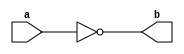

module NotGate(a,b) ;

output b ;
input a ;

nand(b,a,a) ;

endmodule 

module AndGate(a,b,c) ;

output c ;
input a,b ;
wire x ;

nand(x,a,b) ;
nand(c,x,x) ; 

endmodule 

module OrGate(a,b,c) ;

output c ;
input a,b ;
wire x,y ;

nand(x,a,a) ;
nand(y,b,b) ;
nand(c,x,y) ;

endmodule 

module Mux2x1(a,b,s,c) ;

output c ;
input a,b,s ;
wire x,y,z ;

NotGate NG_1(s,z );
AndGate AG_1(a,z,x) ;
AndGate AG_2(b,s,y) ;
OrGate OG_1(x,y,c) ;

endmodule 

module DLatch(d,c,q,q_) ;

output q,q_ ;
input d,c ;
wire c_,s,r,x,y ;

AndGate S(d,d,s) ;
NotGate R(d,r) ;
nand(x,c,s) ;
nand(y,c,r) ;
nand(q,q_,x) ;
nand(q_,q,y) ;

endmodule 

module DFlipFlopRE(d,c,q,q_) ;

output q,q_ ;
input d,c ;
wire c_,Q,Q_ ;

NotGate C_(c,c_) ;

DLatch D1(d,c_,Q,Q_) ;
DLatch D2(Q,c,q,q_) ;

endmodule